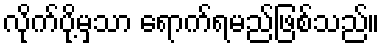
လိုက်ပို့မှသာ ရောက်ရမည်ဖြစ်သည်။